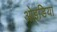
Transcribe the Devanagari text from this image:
ओइडिया